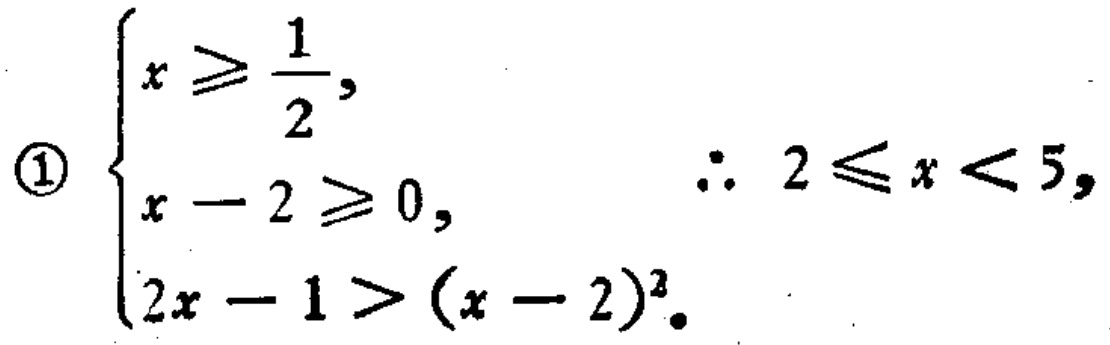
\textcircled{1} $\begin{cases}
x\geqslant\frac{1}{2}, \\
x - 2\geqslant0, \\
2x - 1>(x - 2)^2.
\end{cases}$ $\therefore\ 2\leqslant x<5,$